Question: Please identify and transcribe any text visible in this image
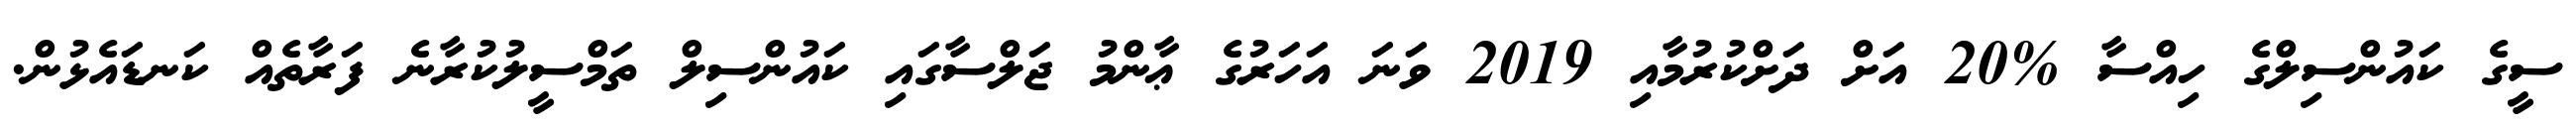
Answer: ސީގެ ކައުންސިލްގެ ހިއްސާ %20 އަށް ދަށްކުރުމާއި 2019 ވަނަ އަހަރުގެ ޢާންމު ޖަލްސާގައި ކައުންސިލް ތަމްސީލުކުރާނެ ފަރާތެއް ކަނޑައެޅުން.